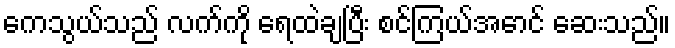
ကေသွယ်သည် လက်ကို ရေထဲချပြီး စင်ကြယ်အောင် ဆေးသည်။